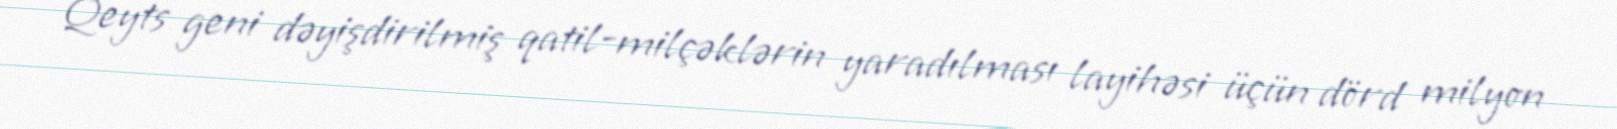
Qeyts geni dəyişdirilmiş qatil-milçəklərin yaradılması layihəsi üçün dörd milyon